Scottish Leaving Certificate Examination, 1959
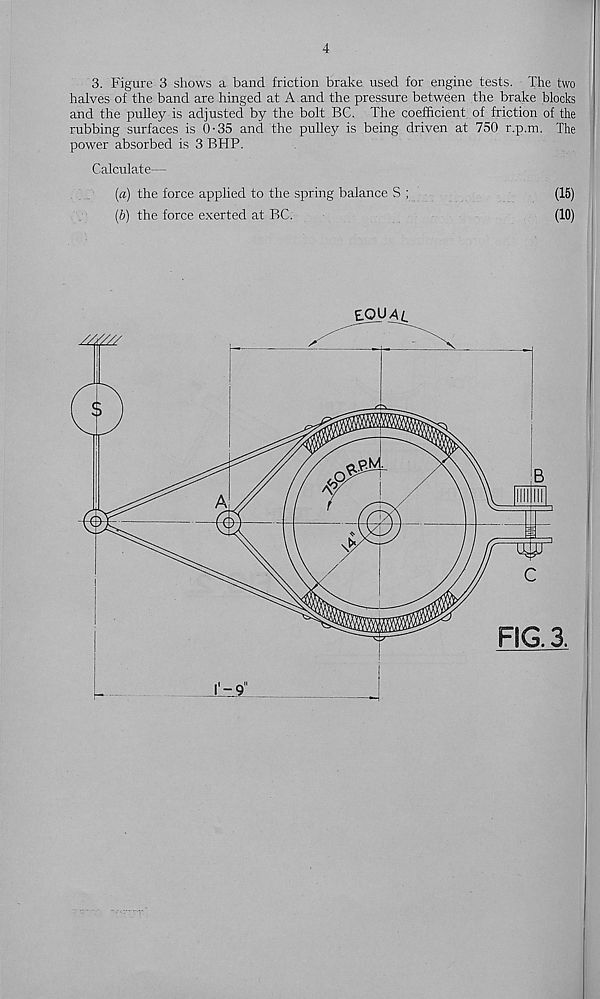
4
3. Figure 3 shows a band friction brake used for engine tests. The two
halves of the band are hinged at A. and the pressure between the brake Hocks
and the pulley is adjusted by the bolt BC. The coefficient, of friction of the
rubbing surfaces is 0-35 and the pulley is being driven at 750 r.p.nn. The
power absorbed is 3 BHP.
Calculate—
(«) the force applied to the spring balance S ;
(15)
(6) the force exerted at BC.
(10)